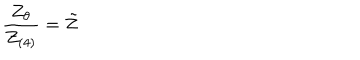
\frac { Z _ { \theta } } { Z _ { ( 4 ) } } = \tilde { Z }